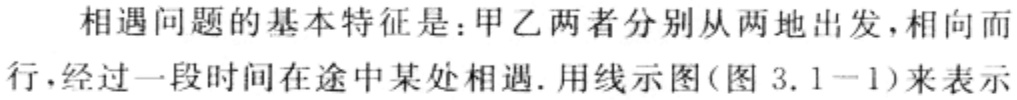
相遇问题的基本特征是：甲乙两者分别从两地出发,相向而行,经过一段时间在途中某处相遇.用线示图(图 3.1 - 1)来表示